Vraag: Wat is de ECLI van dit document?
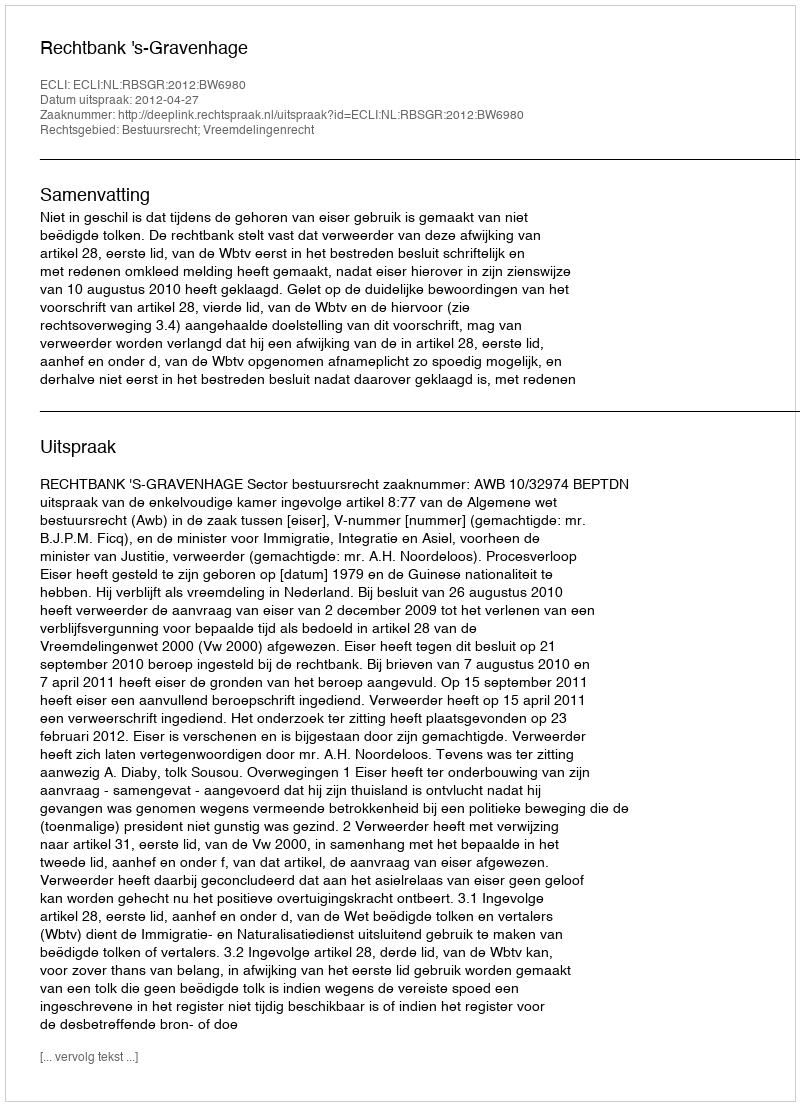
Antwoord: ECLI:NL:RBSGR:2012:BW6980